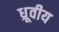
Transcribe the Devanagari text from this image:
ध्रूवीय